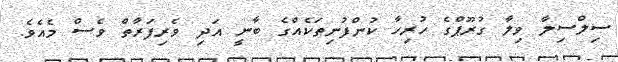
ސިލްސިލާ ވިލާ ގުރޫޕްގެ ހުރިހާ ކުންފުނިތަކެއްގެ ބާނީ އަދި ވެރިފަރާތް ވެސް މެއެވެ.